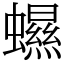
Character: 䗾